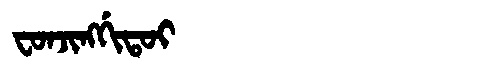
Manchu: ᠸᠣᠨᠵᡳᠩᡤᡳᡨᠣᡳ
Romanization: FONJINGGITOI